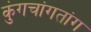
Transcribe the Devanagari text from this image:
कुंगचांगतांग